Report on sanitation, dispensaries, and jails in Rajputana for 1920, and on vaccination for the year 1920-1921 - 1920-1921
Year: 1920
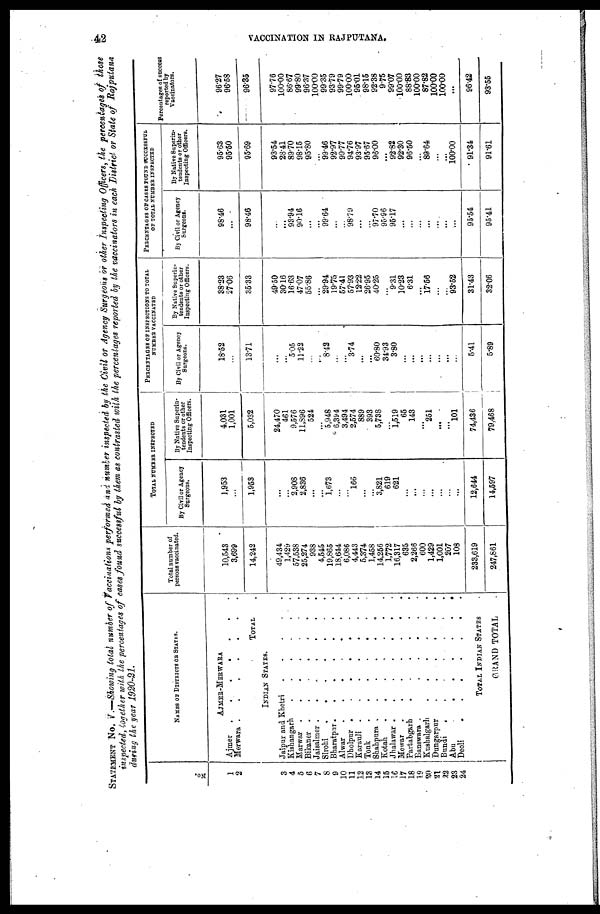
42
VACCINATION IN RAJPUTANA.
STATEMENT No. V.—Showing total number of Vaccinations performed and number inspected by the Civil or Agency Surgeons or other Inspecting Officers, the percentages of those
inspected, together with the percentages of cases found successful by them as contrasted with the percentages reported by the vaccinators in each District or State of Rajputana
during the year 1920-21.
No.
1
2
3
4
5
6
7
8
9
10
11
12
13
14
15
16
17
18
19
20
21
22
23
24
NAMES OF DISTRICTS OR STATES.
AJMER-MERWARA
Ajmer
.
.
.
.
.
Merwara
.
.
. .
TOTAL .
INDIAN STATES.
Jaipur and Khetri
.
.
.
.
Kishangarh
.
.
.
.
.
Marwar . . . .
Bikaner
.
.
.
.
Jaisalmer
.
.
.
.
Sirohi
.
.
.
.
Bharatpur
.
.
.
.
.
Alwar
.
.
.
.
Dholpur
.
.
.
.
Karauli
.
.
.
.
Tonk
.
.
.
.
Shahpura
.
.
.
.
Kotah
.
.
.
.
Jhalawar
.
.
.
.
Mewar
.
.
.
.
Partabgarh
.
.
.
.
Banswara
.
.
.
.
Kushalgarh
.
.
.
.
Dungarpur
.
.
.
.
Bundi
.
.
.
.
.
Abu
.
.
.
.
Deoli
.
.
.
.
.
TOTAL INDIAN STATES .
GRAND TOTAL .
Total number of
persona vaccinated.
10,543
3,699
14,242
49,434
1,429
57,538
25,274
938
4,545
19,865
18,644
6,086
4,443
5,374
1,458
14,256
1,772
16,317
635
2,266
600
1,429
1,001
207
108
233,619
247,861
TOTAL NUMBER INSPECTED
By Civil or Agency
Surgeons.
1,953
...
1,953
...
...
2,908
2,836
...
...
1,673
...
...
166
...
...
3,821
619
621
...
...
...
...
...
...
...
12,644
14,597
By Native Superin-
tendents or other
Inspecting Officers.
4,031
1,001
5,032
24,470
461
9,576
11,896
524
...
5,948
6,394
3,494
2,574
889
393
5,738
...
1,519
65
143
...
251
...
...
101
74,436
79,468
PERCENTAGES OF INSPECTIONS TO TOTAL
NUMBER VACCINATED
By Civil or Agency
Surgeons.
18.52
...
13.71
...
...
5.05
11.22
...
...
8.42
...
...
3.74
...
...
60.80
34.93
3.80
...
...
...
...
...
...
...
5.41
5.89
By Native Superin-
tendents or other
Inspecting Officers.
38.23
27.06
35.33
49.50
30.16
16.63
47.07
55.86
...
29.94
19.75
57.41
57.93
12.22
26.95
40.25
...
9.31
10.23
6.31
...
17.56
...
...
93.52
31.43
32.06
PERCENTAGES OF CASES FOUND SUCCESSFUL
OF TOTAL NUMBER INSPECTED
By Civil or Agency
Surgeons.
98.46
...
98.46
...
...
93.94
90.16
...
...
99.64
...
...
98.79
...
...
97.70
95.96
95.17
...
...
...
...
...
...
...
95.54
95.41
By Native Superin-
tendents or other
Inspecting Officers.
95.63
95.50
95.69
93.54
28.41
89.70
98.15
95.80
...
99.46
92.97
99.77
94.76
93.97
95.67
96.00
...
92.82
92.30
96.50
...
89.64
...
...
100.00
91.34
91.61
Percentages of success
reported by
Vaccinators.
96.27
96.58
96.35
97.76
100.00
86.67
99.80
96.37
100.00
99.35
93.79
99.79
100.00
95.01
98.15
92.38
9.75
99.07
100.00
88.83
100.00
87.82
100.00
100.00
...
96.42
93.55